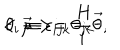
< \overrightarrow { \mu } > = \frac { \textit { H } } { i } \overrightarrow { \theta } , \hspace { 2 c m } \theta _ { i } \equiv \epsilon _ { i j k } \theta _ { j k }